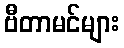
ဗီတာမင်များ